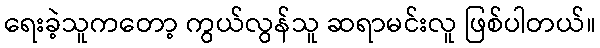
ရေးခဲ့သူကတော့ ကွယ်လွန်သူ ဆရာမင်းလူ ဖြစ်ပါတယ်။